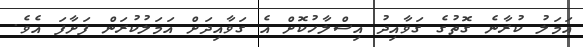
އަމަލު ކުރާނެ ގޮތުގެ ގަވާއިދު އިސްލާހުކޮށް އެ ގަވާއިދަށް އަމަލުކުރަން ފަށާފަ އެވެ.